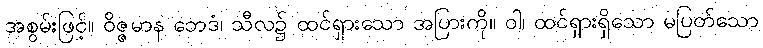
အစွမ်းဖြင့်။ ဝိဇ္ဇမာန ဘေဒံ၊ သီလ၌ ထင်ရှားသော အပြားကို။ ဝါ၊ ထင်ရှားရှိသော မပြတ်သော